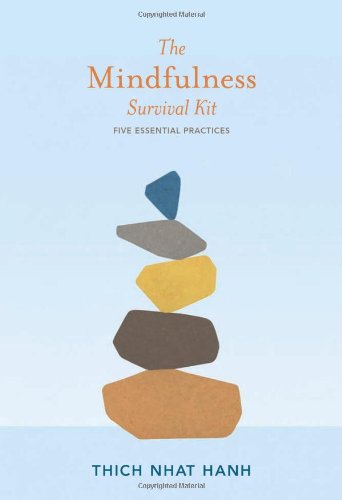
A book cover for The Mindfulness Survival Kit: Five Essential Practices; Thich Nhat Hanh; Religion & Spirituality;